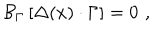
{ \cal B } _ { \Gamma } \left[ \Delta ( x ) \cdot \Gamma \right] = 0 \, \, ,